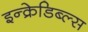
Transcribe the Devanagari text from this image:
इन्क्रेडिब्ल्स